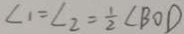
\angle 1 = \angle 2 = \frac { 1 } { 2 } \angle B O D